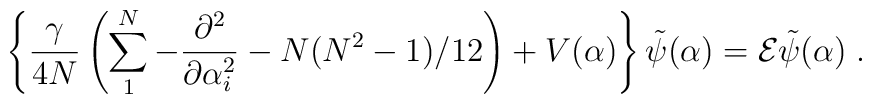
\left\{\frac{\gamma}{4N}\left( \sum_1^N -\frac{\partial^2}{\partial\alpha_i^2}-N(N^2-1)/12\right)+V(\alpha)\right\}\tilde\psi(\alpha)={\cal E}\tilde\psi(\alpha) \; .